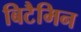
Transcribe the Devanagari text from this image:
बिटैमिन